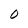
Character: 0